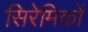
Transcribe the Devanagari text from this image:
सिरेमिकों